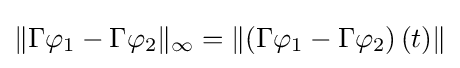
\|\Gamma \varphi _{1}-\Gamma \varphi _{2}\|_{\infty }=\left\|\left(\Gamma \varphi _{1}-\Gamma \varphi _{2}\right)(t)\right\|